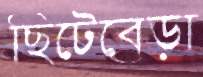
ছিটেবেড়া